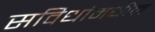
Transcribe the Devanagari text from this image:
सविधांमधील